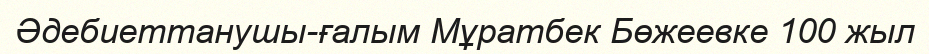
Әдебиеттанушы-ғалым Мұратбек Бөжеевке 100 жыл